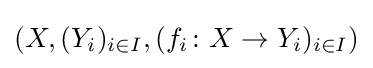
(X,(Y_{i})_{i\in I},(f_{i}\colon X\to Y_{i})_{i\in I})